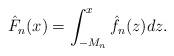
LaTeX: \begin{align*}\hat{F}_n(x) = \int_{-M_n}^{x} \hat{f}_n(z) dz.\end{align*}